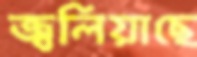
জ্বলিয়াছে